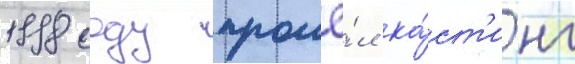
1998 году прошё́л ка́ст'инг